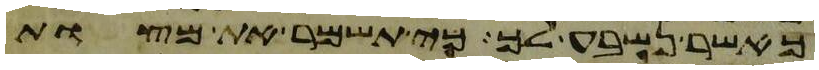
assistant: כאשר נשבע לך כי תשמר את מצות